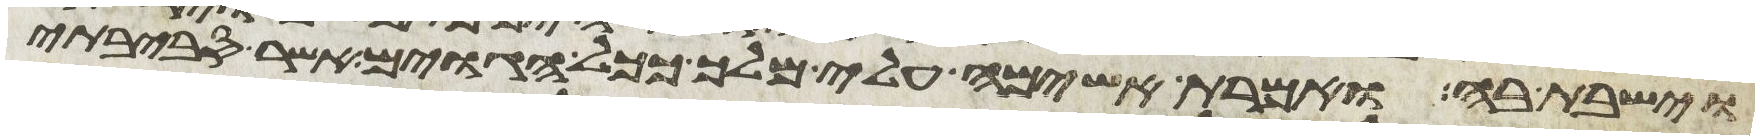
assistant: וישבת בה ואמרת אשימה עלי מלך ככל הגוים אשר סביבתי